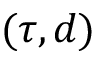
( \tau , d )